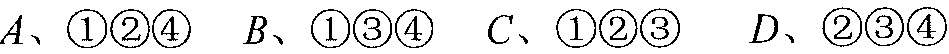
\(A\)、\(\textcircled{1}\textcircled{2}\textcircled{4}\)  \(B\)、\(\textcircled{1}\textcircled{3}\textcircled{4}\)  \(C\)、\(\textcircled{1}\textcircled{2}\textcircled{3}\)  \(D\)、\(\textcircled{2}\textcircled{3}\textcircled{4}\)